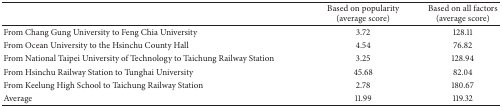
<table><thead><tr><td><b> </b></td><td><b>Based on popularity (average score)</b></td><td><b>Based on all factors (average score)</b></td></tr></thead><tbody><tr><td>From Chang Gung University to Feng Chia University</td><td>3.72</td><td>128.11</td></tr><tr><td>From Ocean University to the Hsinchu County Hall</td><td>4.54</td><td>76.82</td></tr><tr><td>From National Taipei University of Technology to Taichung Railway Station</td><td>3.25</td><td>128.94</td></tr><tr><td>From Hsinchu Railway Station to Tunghai University</td><td>45.68</td><td>82.04</td></tr><tr><td>From Keelung High School to Taichung Railway Station</td><td>2.78</td><td>180.67</td></tr><tr><td>Average</td><td>11.99</td><td>119.32</td></tr></tbody></table>